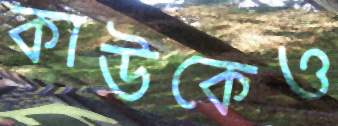
কাউকেও